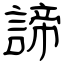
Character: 諦